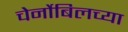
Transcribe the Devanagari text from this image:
चेर्नोबिलच्या